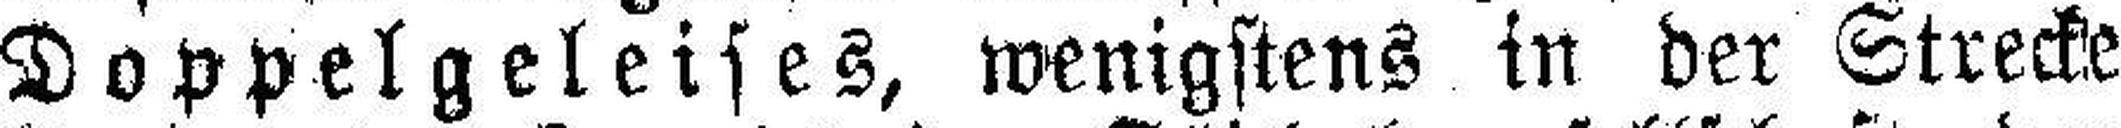
Doppelgeleises, wenigstens in der Strecke